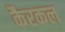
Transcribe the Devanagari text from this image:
कैरकल